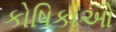
કોષિકાઓ